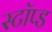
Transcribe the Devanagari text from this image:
स्टॉप्ड